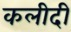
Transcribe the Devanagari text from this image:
कलीदी